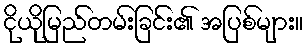
ငိုယိုမြည်တမ်းခြင်း၏ အပြစ်များ။